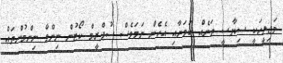
މަޖިލީހަކީ ސިޔާސީ ތަނެއް ކަމަށާއި އެހެން ނަމަވެސް ސުޕްރީމް ކޯޓުން ނިންމާ ނިންމުންތައް